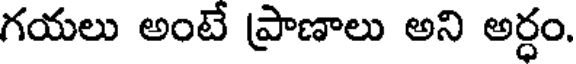
గయలు అంటే ప్రాణాలు అని అర్ధం.